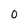
Character: 0